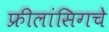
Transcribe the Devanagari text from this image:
फ्रीलांसिगचे